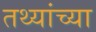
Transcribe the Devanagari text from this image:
तथ्‍यांच्‍या